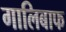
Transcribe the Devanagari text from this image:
गालिबाफ